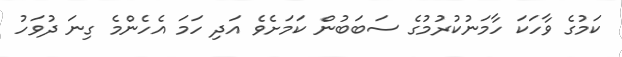
ކަމުގެ ވާހަކަ ހާމަނުކުރުމުގެ ސަބަބުން ކަމަށެވެ އަދި ހަމަ އެހެންމެ ގިނަ ދުވަހު